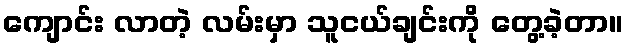
ကျောင်း လာတဲ့ လမ်းမှာ သူငယ်ချင်းကို တွေ့ခဲ့တာ။